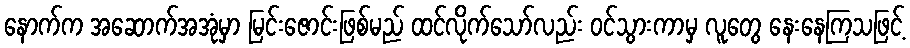
နောက်က အဆောက်အအုံမှာ မြင်းဇောင်းဖြစ်မည် ထင်လိုက်သော်လည်း ဝင်သွားကာမှ လူတွေ နေးနေကြသဖြင့်